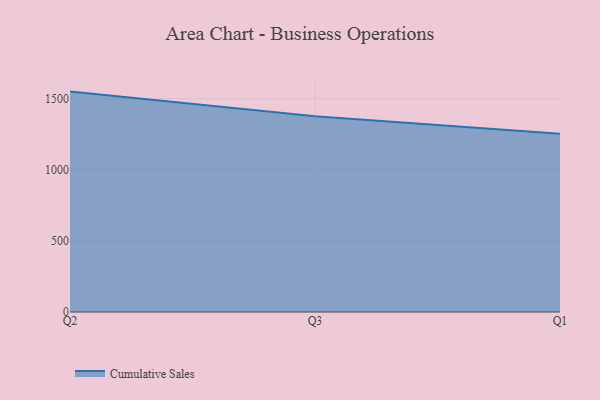
{"axis": {"x": "Quarter", "y": "Net Income (USD K)"}, "legend": ["Cumulative Sales"], "data": [{"x": "Q2", "y": 1549.8, "type": "Cumulative Sales"}, {"x": "Q3", "y": 1376.9, "type": "Cumulative Sales"}, {"x": "Q1", "y": 1253.3, "type": "Cumulative Sales"}]}